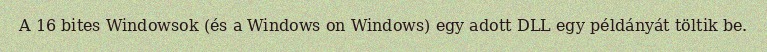
A 16 bites Windowsok (és a Windows on Windows) egy adott DLL egy példányát töltik be.